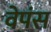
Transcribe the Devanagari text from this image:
वेपंस